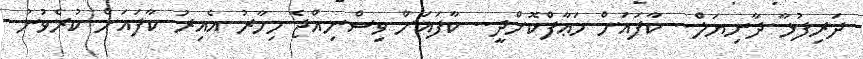
ދަރިފުޅާ ދާނިޔަލް.. ކާފައަށް މަޢާފްކޮށްދީ.. ކާފައަށް ވިސްނިއްޖެ މިހާރު އެއިރު ކާފައަށް ކުރެވުނު